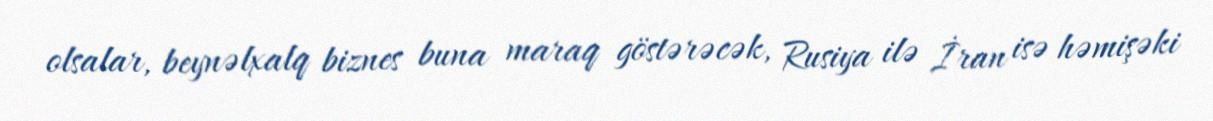
olsalar, beynəlxalq biznes buna maraq göstərəcək, Rusiya ilə İran isə həmişəki